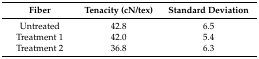
<table><thead><tr><td><b>Fiber</b></td><td><b>Tenacity (cN/tex)</b></td><td><b>Standard Deviation</b></td></tr></thead><tbody><tr><td>Untreated</td><td>42.8</td><td>6.5</td></tr><tr><td>Treatment 1</td><td>42.0</td><td>5.4</td></tr><tr><td>Treatment 2</td><td>36.8</td><td>6.3</td></tr></tbody></table>